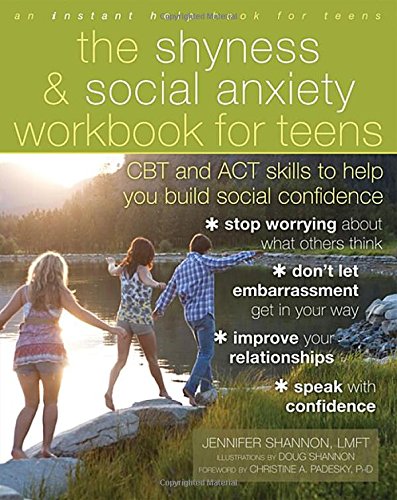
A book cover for The Shyness and Social Anxiety Workbook for Teens: CBT and ACT Skills to Help You Build Social Confidence; Jennifer Shannon LMFT; Medical Books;